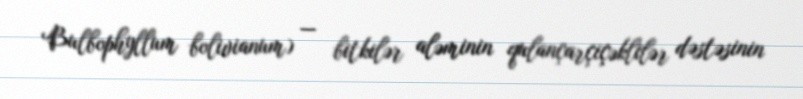
Bulbophyllum bolivianum) — bitkilər aləminin qulançarçiçəklilər dəstəsinin